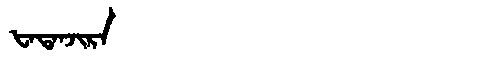
Manchu: ᡶᠠᡨᠠᠨᠵᡳᡵᠠ
Romanization: FATANJIRA